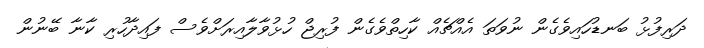
ދަރިފުޅު ބަނޑުހައިވެގެން ނުވަތަ އެއްޗެއް ކާހިތްވެގެން ފުރިޖް ހުޅުވާލާއިރަށްވެސް ފައިދާހުރި ކާނާ ބޭނުން